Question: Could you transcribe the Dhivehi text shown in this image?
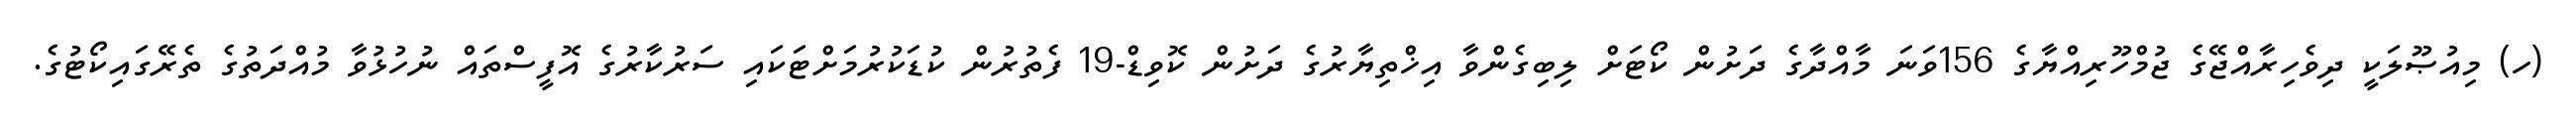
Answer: (ހ) މިއުޞޫލަކީ ދިވެހިރާއްޖޭގެ ޖުމްހޫރިއްޔާގެ 156ވަނަ މާއްދާގެ ދަށުން ކޯޓަށް ލިބިގެންވާ އިޚްތިޔާރުގެ ދަށުން ކޮވިޑް-19 ފެތުރުން ކުޑަކުރުމަށްޓަކައި ސަރުކާރުގެ އޮފީސްތައް ނުހުޅުވާ މުއްދަތުގެ ތެރޭގައިކޯޓުގެ.